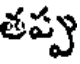
తప్పు